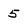
Character: 5